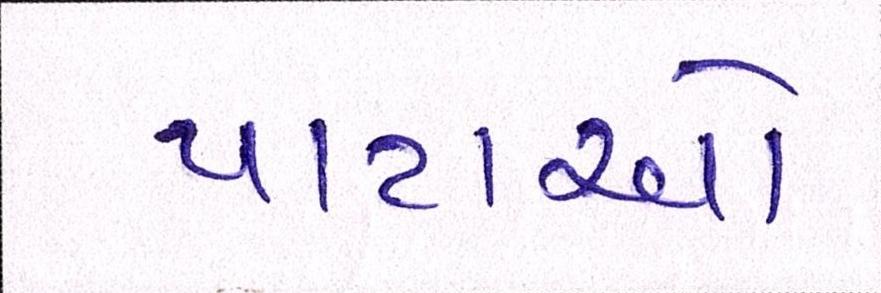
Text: પાટાઓ